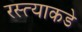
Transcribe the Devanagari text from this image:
रस्त्याकडे